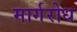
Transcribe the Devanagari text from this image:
मार्गरोध